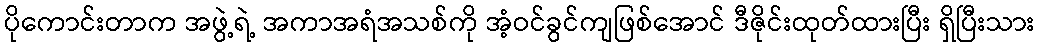
ပိုကောင်းတာက အဖွဲ့ရဲ့ အကာအရံအသစ်ကို အံ့ဝင်ခွင်ကျဖြစ်အောင် ဒီဇိုင်းထုတ်ထားပြီး ရှိပြီးသား